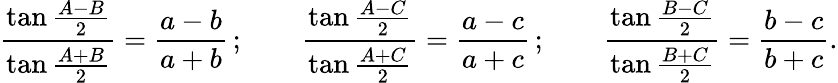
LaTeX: {\frac{\tan{\frac{A-B}{2}}}{\tan{\frac{A+B}{2}}}}={\frac{a-b}{a+b}}\, ;\qquad{\frac{\tan{\frac{A-C}{2}}}{\tan{\frac{A+C}{2}}}}={\frac{a-c}{a+c}}\, ;\qquad{\frac{\tan{\frac{B-C}{2}}}{\tan{\frac{B+C}{2}}}}={\frac{b-c}{b+c}}.